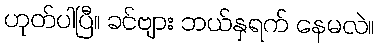
ဟုတ်ပါပြီ။ ခင်ဗျား ဘယ်နှရက် နေမလဲ။